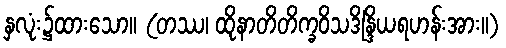
နှလုံး၌ထားသော။ (တဿ၊ ထိုနာတိတိက္ခဝိသဒိန္ဒြိယရဟန်းအား။)